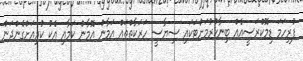
ފުރިހަމަ ޑިމޮކްރަސީއެއް ބިނާކުރުމަށްޓަކައި ސިޔާސީ ހަރަކާތްތައް އަމާން އޮމާން ކަމާއި އެކު ކުރިއަށްގެންދަން